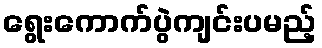
ရွေးကောက်ပွဲကျင်းပမည့်